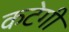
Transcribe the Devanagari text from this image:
कटेगी